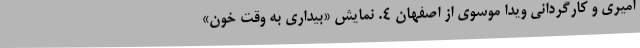
امیری و کارگردانی ویدا موسوی از اصفهان 4. نمایش «بیداری به وقت خون»